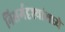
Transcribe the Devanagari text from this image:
निसर्गदृश्यांमध्ये